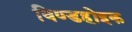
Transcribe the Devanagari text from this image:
विण्डहोइक